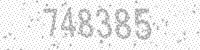
Solution: 748385